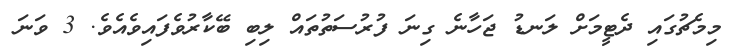
މިމެޗުގައި ދެޓީމަށް ލަނޑު ޖަހާނެ ގިނަ ފުރުސަތުތައް ލިބި ބޭކާރުވެފައިވެއެވެ. 3 ވަނަ